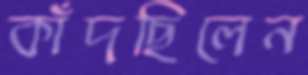
কাঁদছিলেন